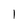
Character: 1